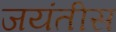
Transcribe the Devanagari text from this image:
जयंतीस